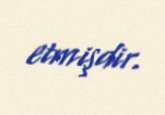
etmişdir.